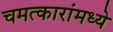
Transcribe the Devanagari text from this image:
चमत्कारांमध्ये